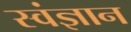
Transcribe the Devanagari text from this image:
स्वंज्ञान